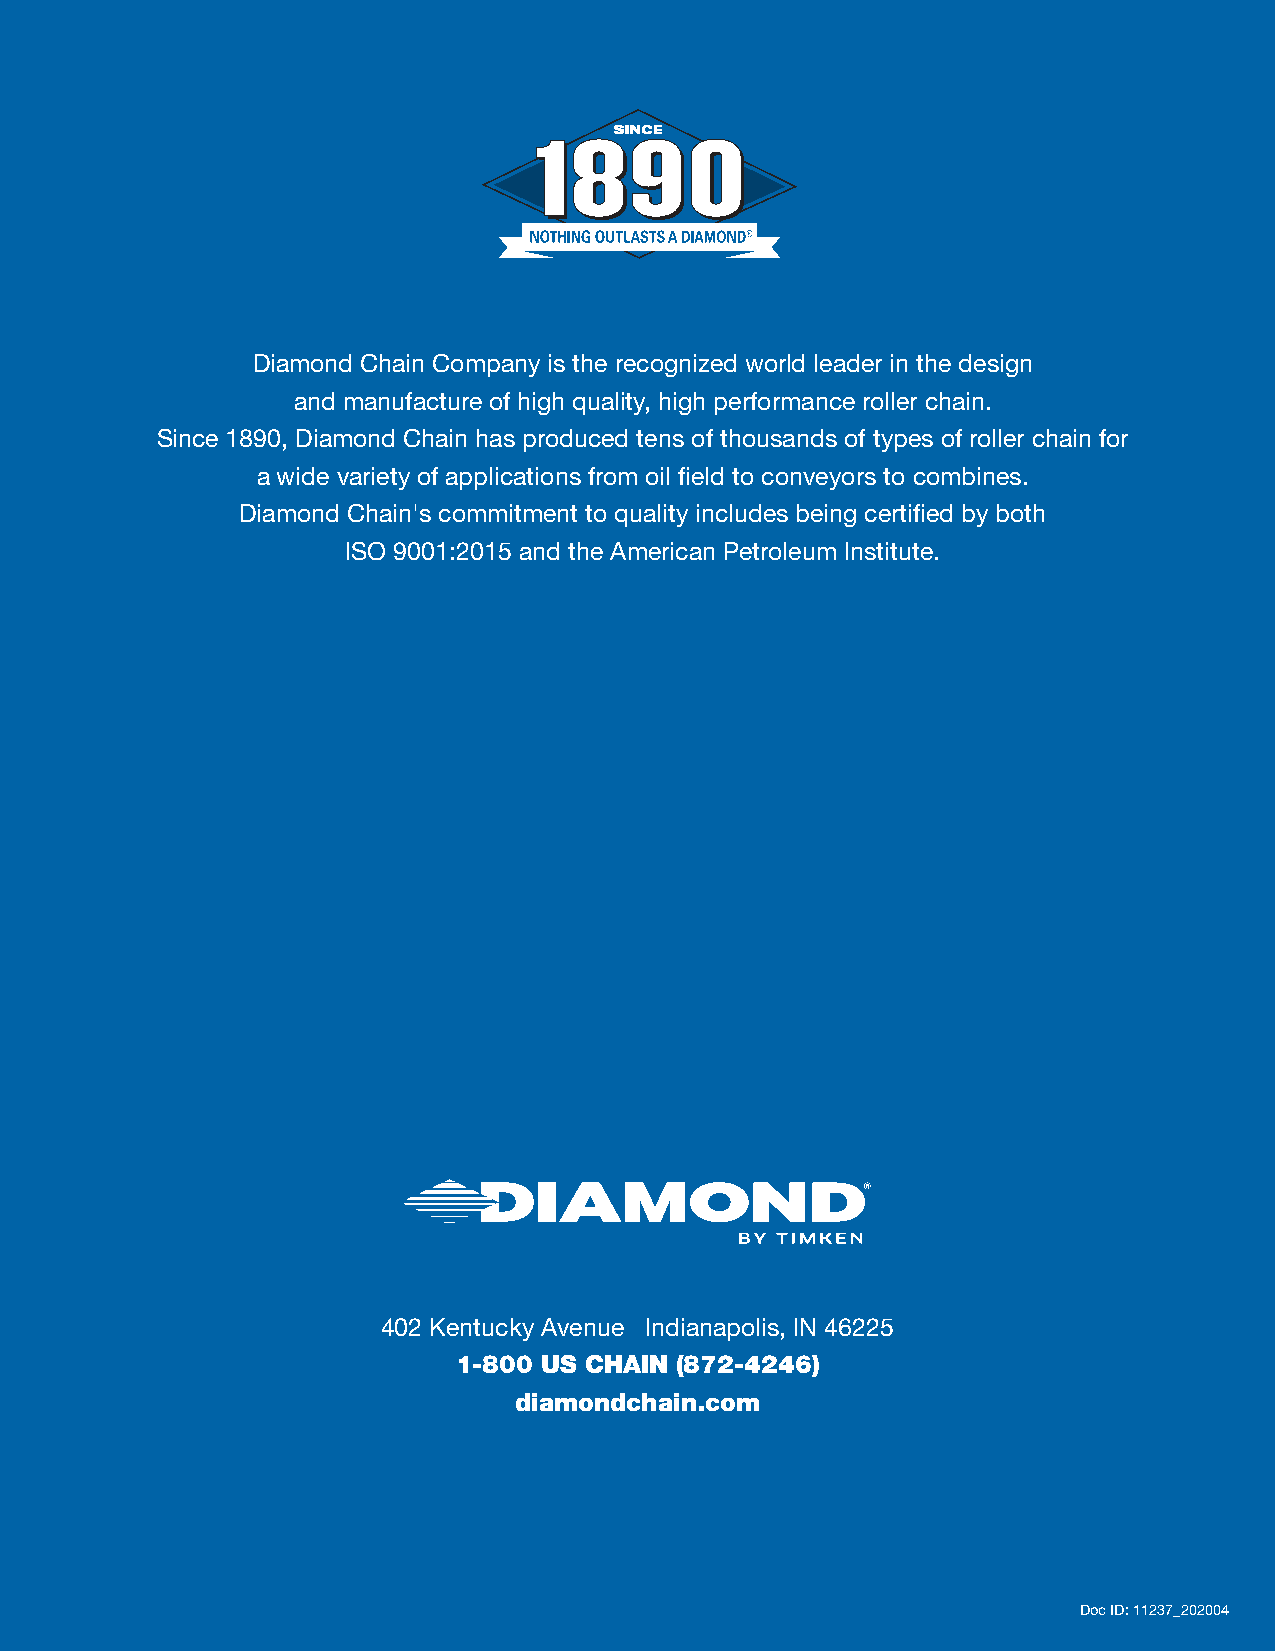
Diamond Chain Company is the recognized world leader in the design
 and manufacture of high quality, high performance roller chain.
 Since 1890, Diamond Chain has produced tens of thousands of types of roller chain for
 a wide variety of applications from oil field to conveyors to combines.
 Diamond Chain's commitment to quality includes being certified by both
 ISO 9001:2015 and the American Petroleum Institute.
 402 Kentucky Avenue Indianapolis, IN 46225
 1-800 US CHAIN (872-4246)
 diamondchain.com
 Doc ID: 11237_202004